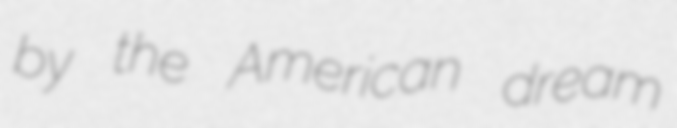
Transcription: by the American dream